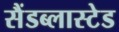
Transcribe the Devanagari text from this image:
सैंडब्लास्टेड